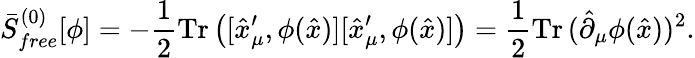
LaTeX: \bar{S}_{free}^{(0)}[\phi]=-{\frac{1}{2}}\mathrm{Tr}\left([\hat{x}_{\mu}^{\prime},\phi(\hat{x})][\hat{x}_{\mu}^{\prime},\phi(\hat{x})]\right)={\frac{1}{2}}\mathrm{Tr}\, (\hat{\partial}_{\mu}\phi(\hat{x}))^{2}.